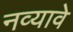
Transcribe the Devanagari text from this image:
नव्यावे